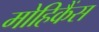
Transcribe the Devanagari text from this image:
मोहिकैंस